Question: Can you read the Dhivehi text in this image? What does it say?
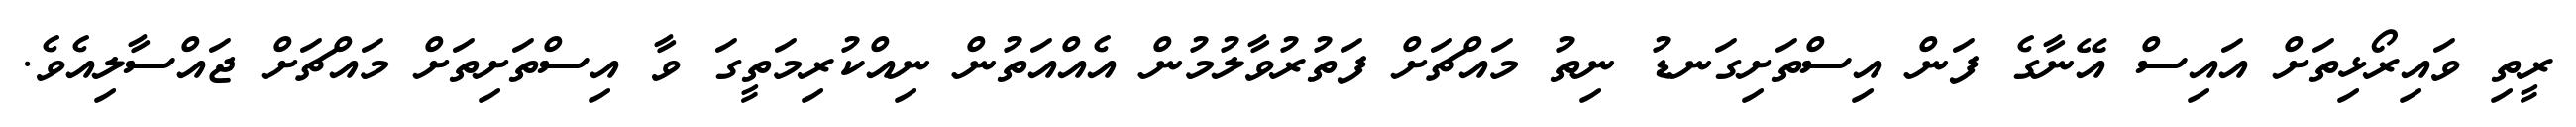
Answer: ރީތި ވައިރޯޅިތަށް އައިސް އޭނާގެ ފަން އިސްތަށިގަނޑު ނިތު މައްޗަށް ފަތުރުވާލުމުން އެއްއަތުން ނިއްކުރިމަތީގަ ވާ އިސްތަށިތަށް މައްޗަށް ޖައްސާލިއެވެ.